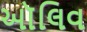
ઑલિવ